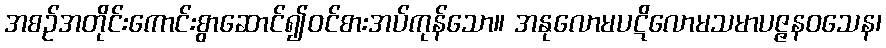
အစဉ်အတိုင်းကောင်းစွာဆောင်၍ဝင်စားအပ်ကုန်သော။ အနုလောမပဋိလောမသမာပဇ္ဇနဝသေန၊